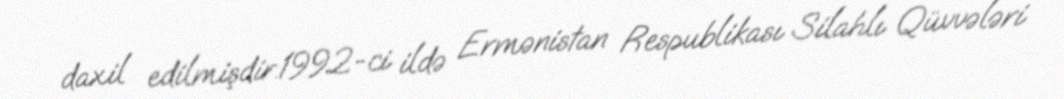
daxil edilmişdir.1992-ci ildə Ermənistan Respublikası Silahlı Qüvvələri